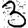
Digit: 3